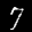
Label: 7